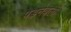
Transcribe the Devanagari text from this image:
पड़नेवली